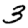
Digit: 3